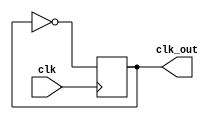
module Timing_control(
    input wire clk,
    output reg clk_out
);

always @(posedge clk) begin
    // Implement clock signal generation logic here
    clk_out <= ~clk_out; // Example logic to generate a clock signal
end

endmodule